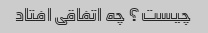
چیست؟ چه اتفاقی افتاد